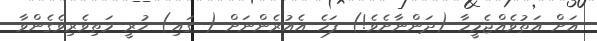
އަށް އަތުވެއްޖެމީހާ (ދަންނާށެވެ!) ފަހެ އެއުރެންނަށް ( ގައި) ހުރީ މަތިވެރިވެގެންވާ